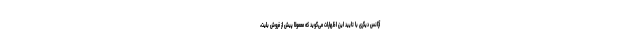
آژانس دیگری با تایید این اظهارات می‌گوید که معمولا پیش از فروش بلیت،